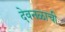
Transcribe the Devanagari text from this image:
देवनळाची